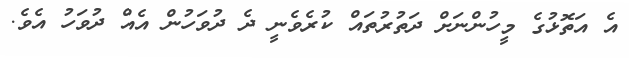
އެ އަތޮޅުގެ މީހުންނަށް ދަތުރުތައް ކުރެވެނީ ދެ ދުވަހުން އެއް ދުވަހު އެވެ.